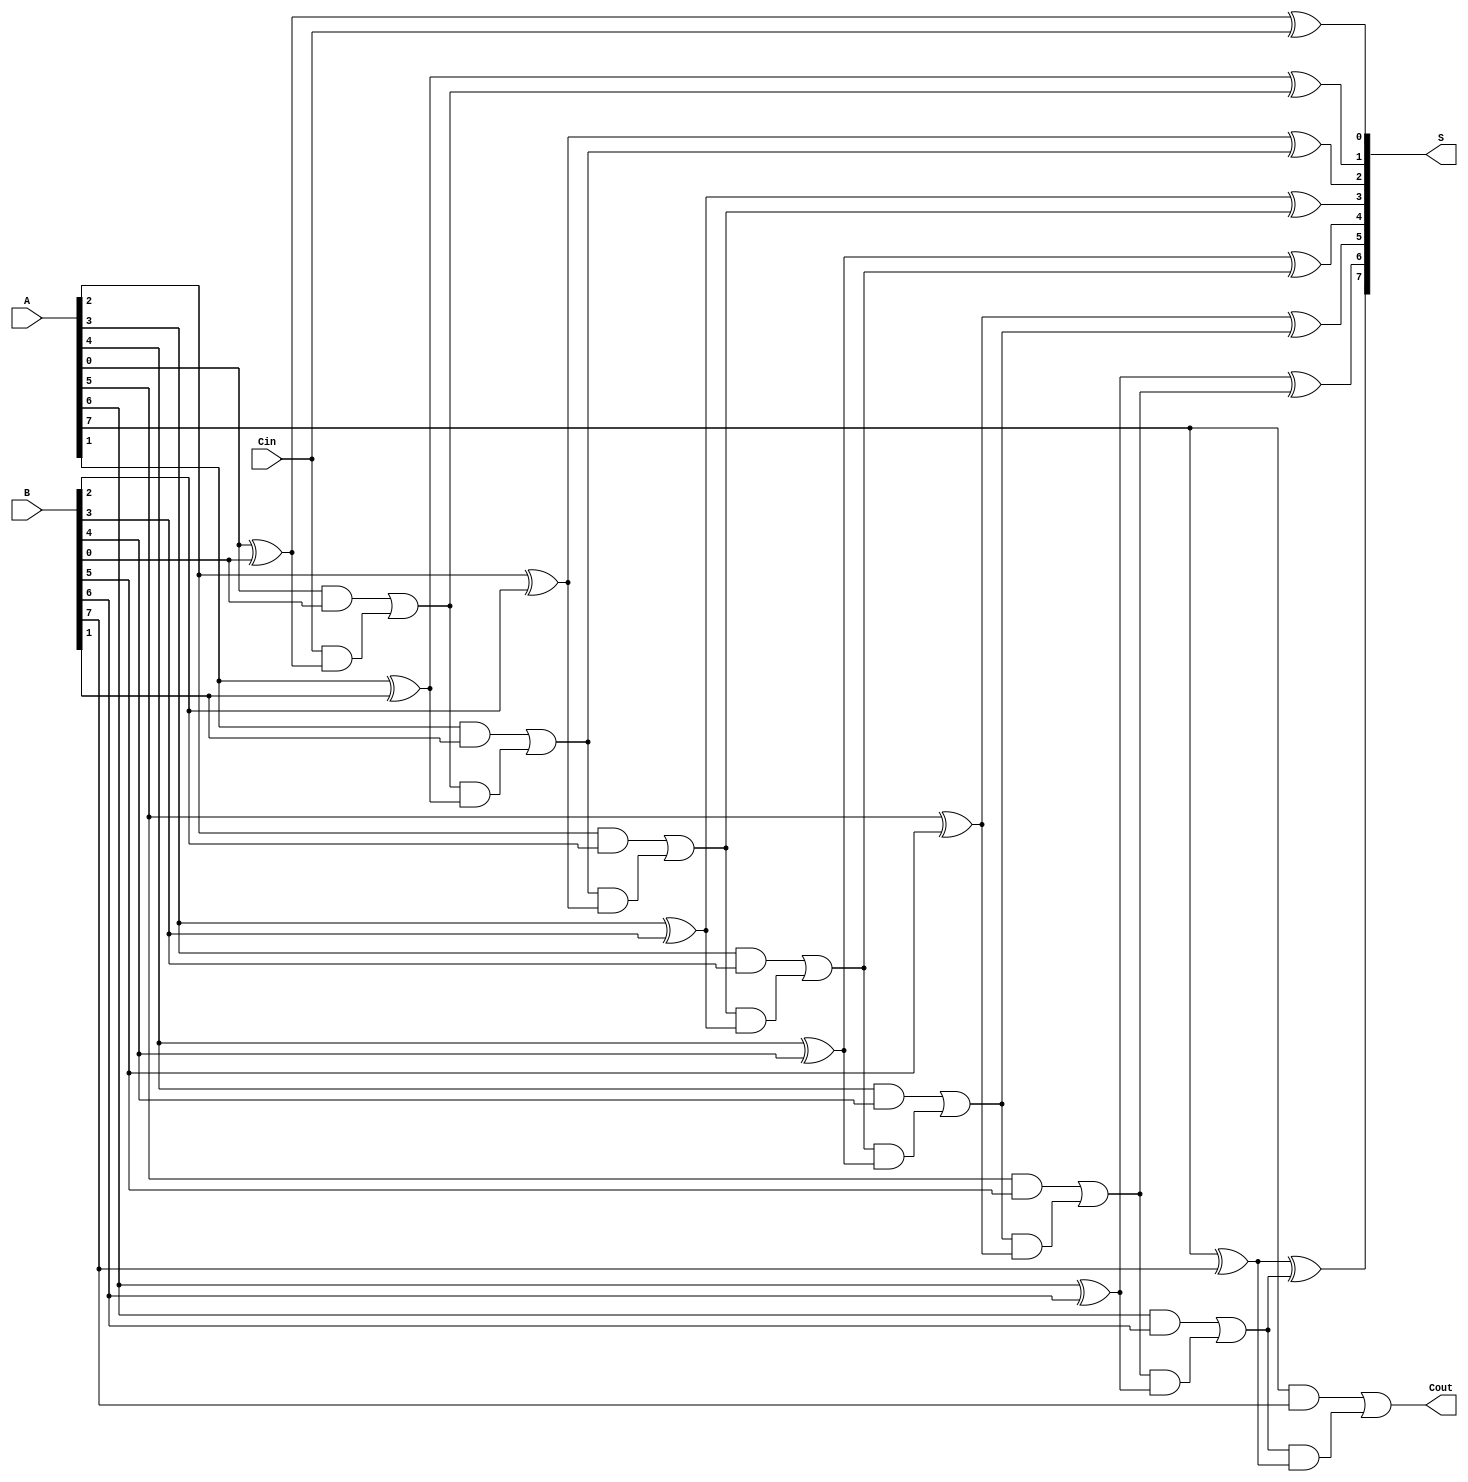
module manchester_carry_chain_adder #(parameter n = 8) (
    input  wire [n-1:0] A,    // First n-bit binary number
    input  wire [n-1:0] B,    // Second n-bit binary number
    input  wire Cin,           // Input carry
    output wire [n-1:0] S,     // n-bit sum output
    output wire Cout           // Output carry
);
    
    wire [n:0] C; // Carry signals, C[0] is the input carry, C[n] is the output carry
    
    // Assign input carry
    assign C[0] = Cin;

    // Generate the carry chain and sum outputs
    genvar i;
    generate
        for (i = 0; i < n; i = i + 1) begin : full_adder
            // Full adder logic for sum and carry
            assign S[i] = A[i] ^ B[i] ^ C[i]; // Sum calculation
            assign C[i+1] = (A[i] & B[i]) | (C[i] & (A[i] ^ B[i])); // Carry calculation
        end
    endgenerate

    // Final carry out
    assign Cout = C[n];

endmodule